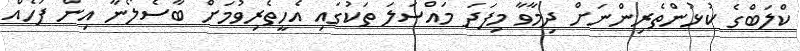
ކްލަބްގެ ކުޅުންތެރިންނަށް ދިމާވާ މިފަދަ މައްސަލަ ތަކުގައި އެހީތެރިވުމަށް ބާސެލޯނާ އިން ފަހެއް